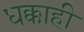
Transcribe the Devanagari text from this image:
धक्काही